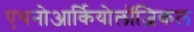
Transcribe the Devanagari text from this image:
एथनोआर्कियोलॉजिकल